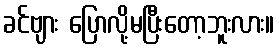
ခင်ဗျား ပြောလို့မပြီးတော့ဘူးလား။